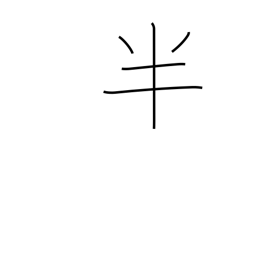
Meaning: part-